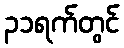
၃၁ရက်တွင်